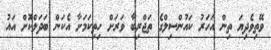
ވޭތިވެދިޔަ ތިން އަހަރު ކައުންސިލްގެ ތަޖްރިބާ ވަރަށް ހިތިކަމަށާ އެކަން ބަދަލްކޮށް އައު